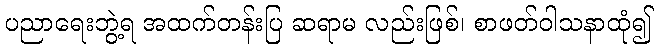
ပညာရေးဘွဲ့ရ အထက်တန်းပြ ဆရာမ လည်းဖြစ်၊ စာဖတ်ဝါသနာထုံ၍